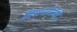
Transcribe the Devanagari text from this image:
मिशनारिओं